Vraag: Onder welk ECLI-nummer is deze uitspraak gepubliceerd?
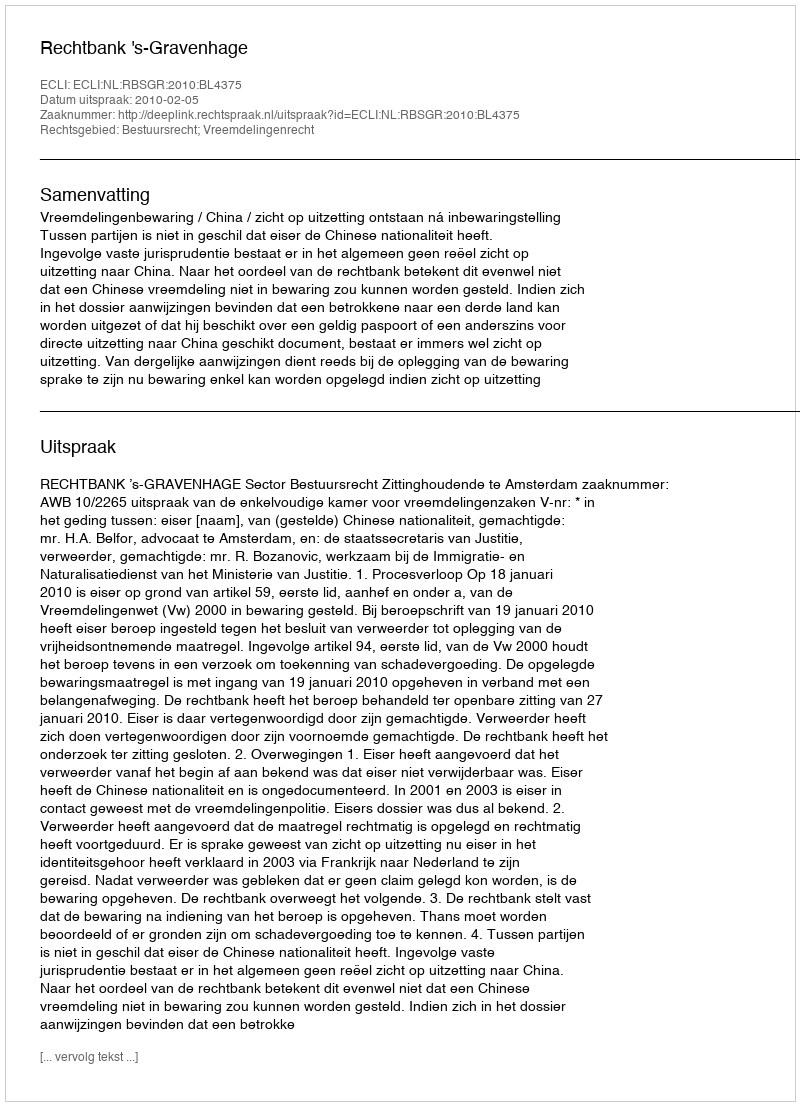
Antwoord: ECLI:NL:RBSGR:2010:BL4375